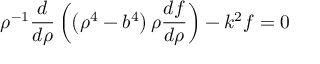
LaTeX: \rho ^ { - 1 } { \frac { d } { d \rho } } \left( \left( \rho ^ { 4 } - b ^ { 4 } \right) \rho { \frac { d f } { d \rho } } \right) - k ^ { 2 } f = 0